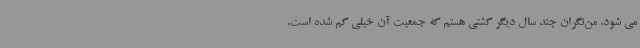
می شود. من‌نگران چند سال دیگر کشتی هستم که جمعیت آن خیلی کم شده است.